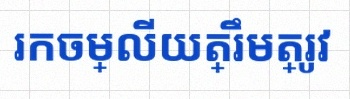
រកចម្លើយត្រឹមត្រូវ